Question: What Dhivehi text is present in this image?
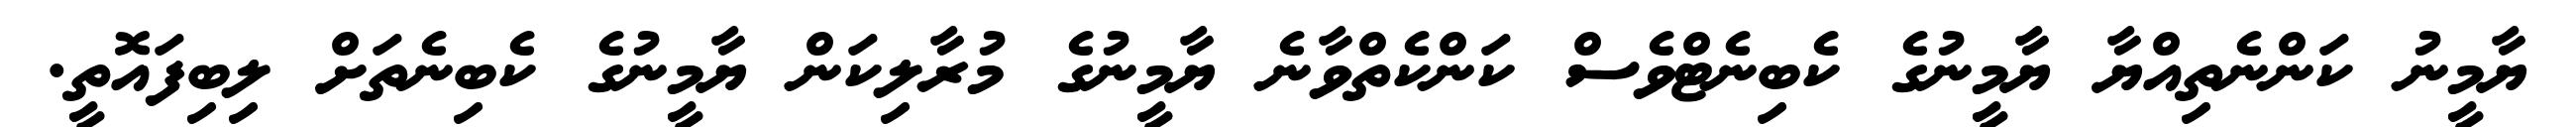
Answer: ޔާމީނު ކަންނެތިއްޔާ ޔާމީނުގެ ކެބިނެޓްވެސް ކަންކެތްވާނެ ޔާމީނުގެ މުރާލިކަން ޔާމީނުގެ ކެބިނެތަށް ލިބިފައޮތީ.